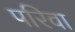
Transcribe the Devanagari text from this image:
परिवा